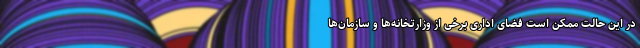
در این حالت ممکن است فضای اداریِ برخی از وزارتخانه‌ها و سازمان‌ها